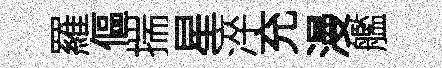
羅傴揣星淬充漫艦